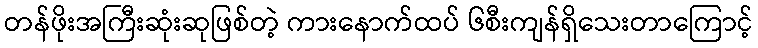
တန်ဖိုးအကြီးဆုံးဆုဖြစ်တဲ့ ကားနောက်ထပ် ၆စီးကျန်ရှိသေးတာကြောင့်